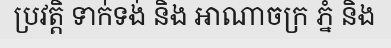
ប្រវត្តិ ទាក់ទង់ និង អាណាចក្រ ភ្នំ និង